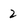
Character: 2